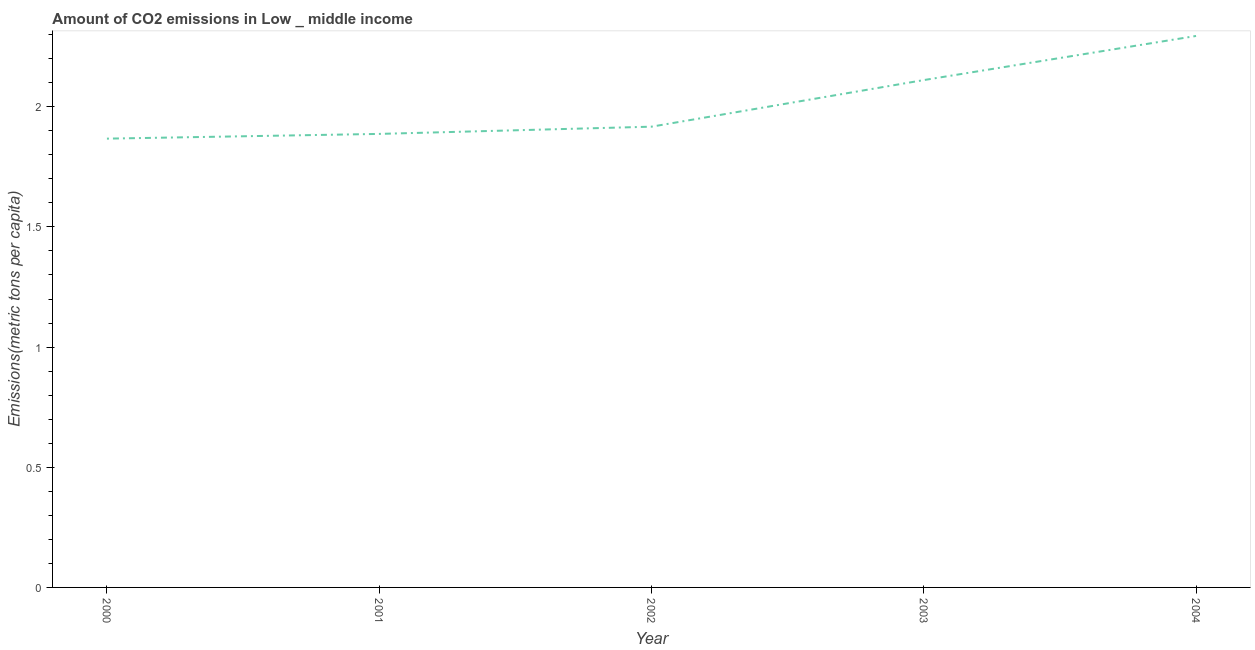
| Year | CO2 emissions |
 | --- | --- |
 | 2000 | 1.87 |
 | 2001 | 1.89 |
 | 2002 | 1.92 |
 | 2003 | 2.11 |
 | 2004 | 2.29 |